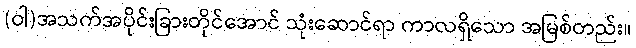
(ဝါ)အသက်အပိုင်းခြားတိုင်အောင် သုံးဆောင်ရာ ကာလရှိသော အမြစ်တည်း။